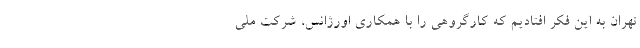
تهران به این فکر افتادیم که کارگروهی را با همکاری اورژانس، شرکت ملی